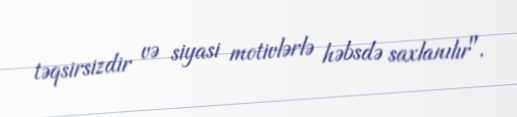
təqsirsizdir və siyasi motivlərlə həbsdə saxlanılır".